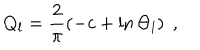
Q _ { l } = \frac { 2 } { \pi } \left( - c + \ln \Theta _ { l } \right) \; ,